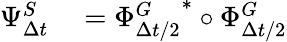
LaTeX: \begin{array}{rl}{\Psi_{\Delta{t}}^{S}}&{{}=\left.\Phi_{\Delta{t}/2}^{G}\right.^{\ast}\circ\Phi_{\Delta{t}/2}^{G}}\end{array}